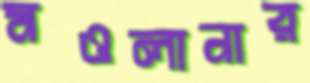
মওলানার